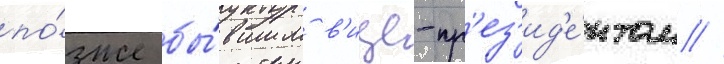
по́зже бы́вшим в'ице-пр'ез'ид'е́нтом //